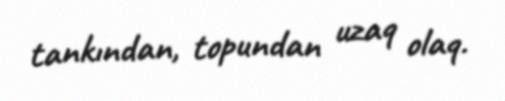
tankından, topundan uzaq olaq.